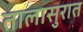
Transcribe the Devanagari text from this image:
तालासुरात